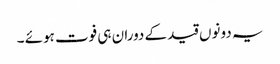
یہ دونوں قید کے دوران ہی فوت ہوئے ۔